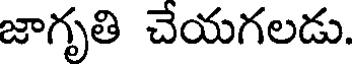
జాగృతి చేయగలడు.